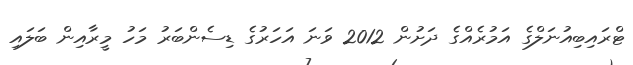
ޓްރައިބިއުނަލްގެ އަމުރެއްގެ ދަށުން 2012 ވަނަ އަހަރުގެ ޑިސެންބަރު މަހު މީރާއިން ބަލައި